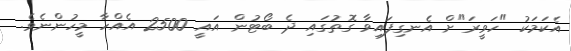
އެކަމަކު "ހަވީރަ"ށް އެނގިފައިވާ ގޮތުގައި ދެ ބޯޓުން އައީ 2500 އެއްހާ މީހުންނެވެ.